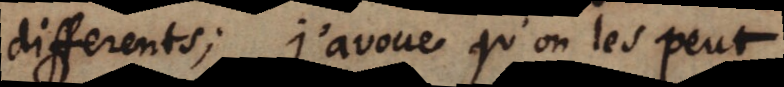
differents; j’avoue qu’on les peut